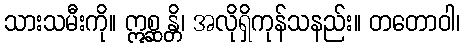
သားသမီးကို။ ဣစ္ဆန္တိ၊ အလိုရှိကုန်သနည်း။ တတောဝါ၊